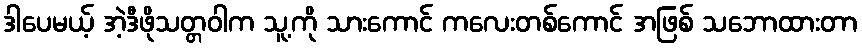
ဒါပေမယ့် အဲ့ဒီဖိုသတ္တဝါက သူ့ကို သားကောင် ကလေးတစ်ကောင် အဖြစ် သဘောထားတာ